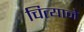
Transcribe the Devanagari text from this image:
चित्याने